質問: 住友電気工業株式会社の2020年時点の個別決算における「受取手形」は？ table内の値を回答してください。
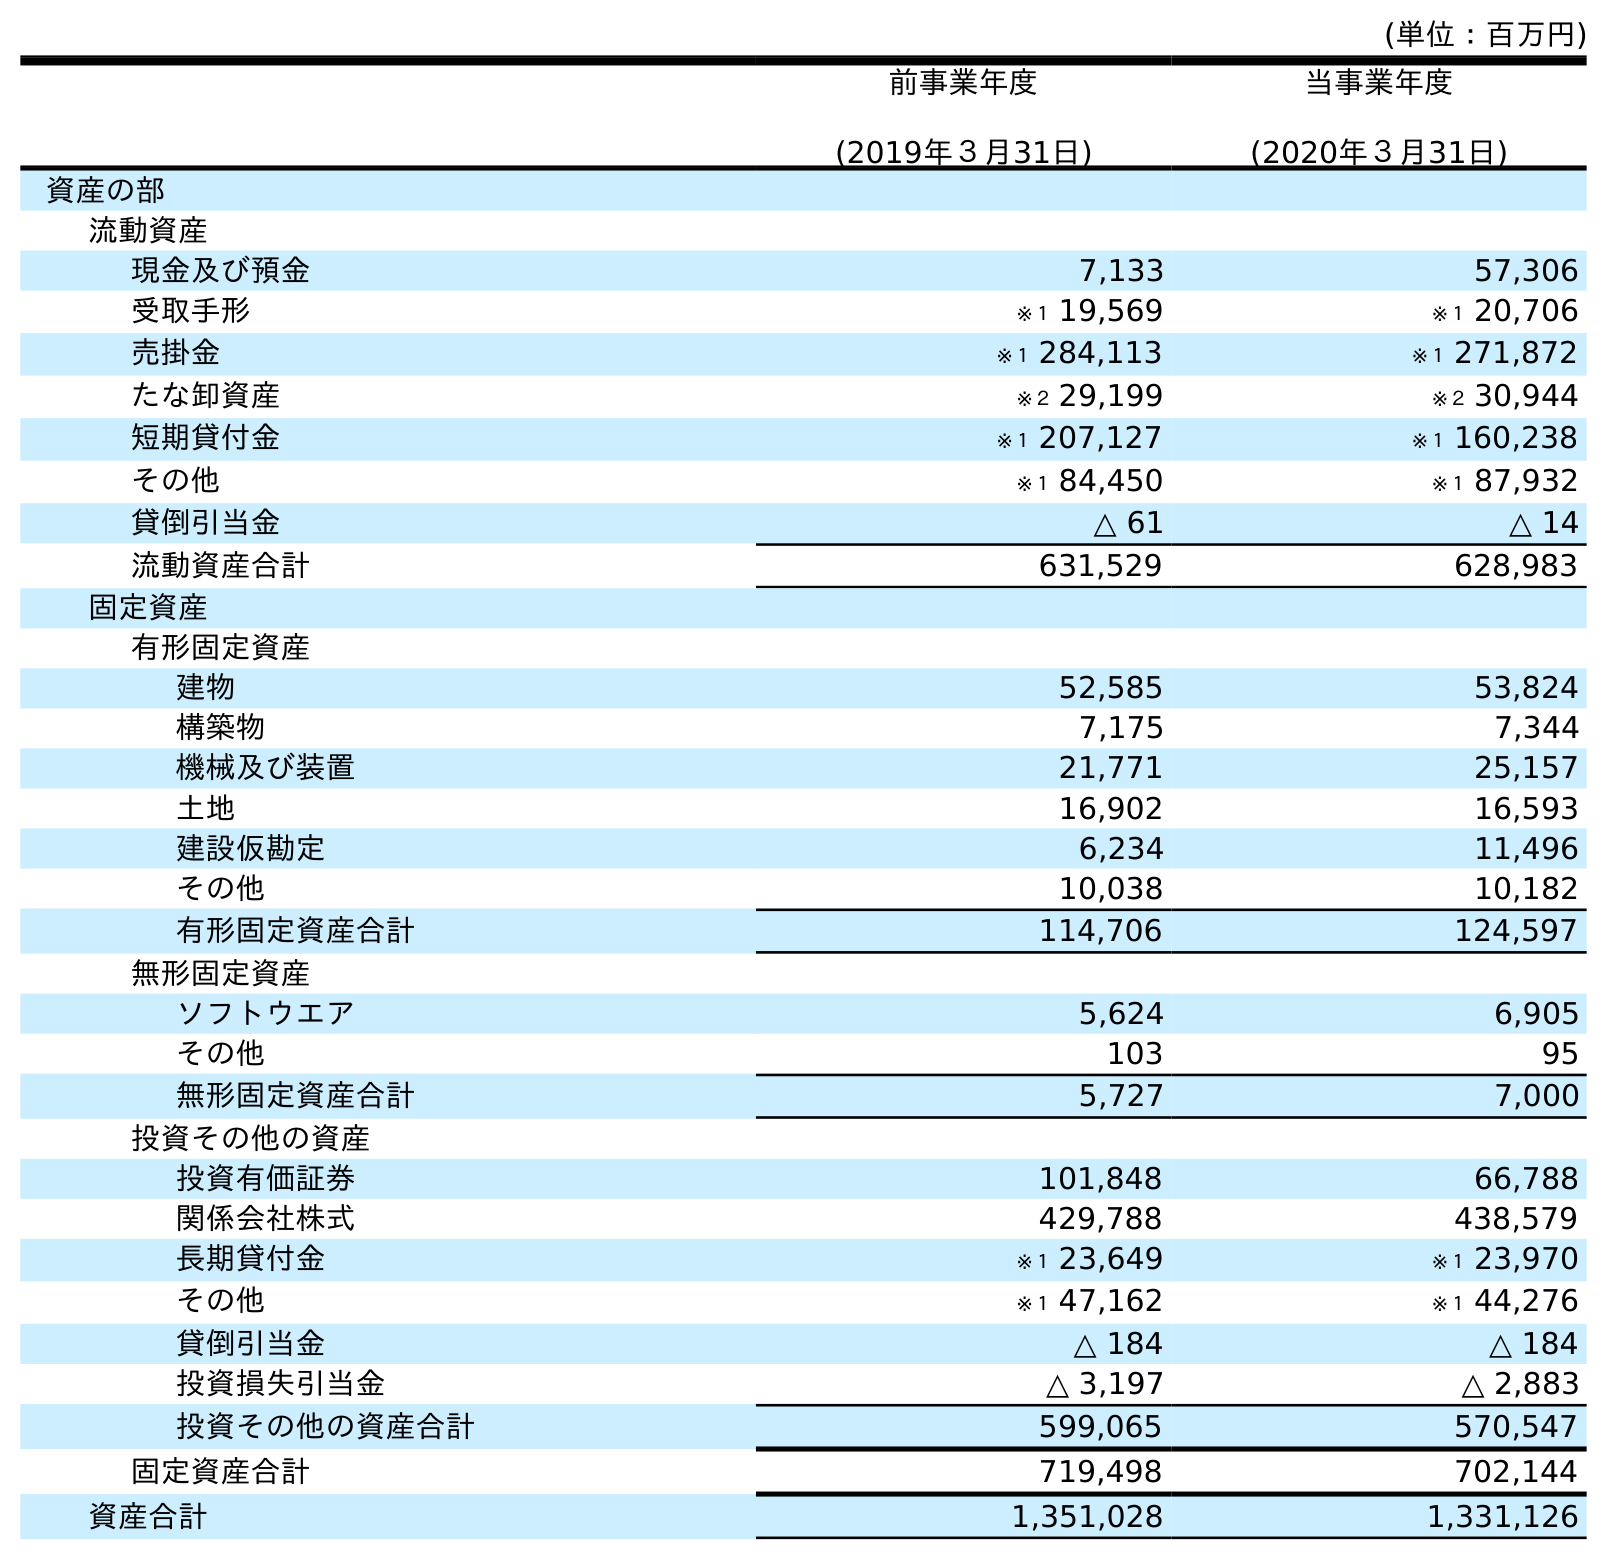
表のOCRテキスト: (単位：百万円) 前事業年度 (2019年３月31日) 当事業年度 (2020年３月31日) 資産の部 流動資産 現金及び預金 7,133 57,306 受取手形 ※１ 19,569 ※１ 20,706 売掛金 ※１ 284,113 ※１ 271,872 たな卸資産 ※２ 29,199 ※２ 30,944 短期貸付金 ※１ 207,127 ※１ 160,238 その他 ※１ 84,450 ※１ 87,932 貸倒引当金 △ 61 △ 14 流動資産合計 631,529 628,983 固定資産 有形固定資産 建物 52,585 53,824 構築物 7,175 7,344 機械及び装置 21,771 25,157 土地 16,902 16,593 建設仮勘定 6,234 11,496 その他 10,038 10,182 有形固定資産合計 114,706 124,597 無形固定資産 ソフトウエア 5,624 6,905 その他 103 95 無形固定資産合計 5,727 7,000 投資その他の資産 投資有価証券 101,848 66,788 関係会社株式 429,788 438,579 長期貸付金 ※１ 23,649 ※１ 23,970 その他 ※１ 47,162 ※１ 44,276 貸倒引当金 △ 184 △ 184 投資損失引当金 △ 3,197 △ 2,883 投資その他の資産合計 599,065 570,547 固定資産合計 719,498 702,144 資産合計 1,351,028 1,331,126
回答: ※１20,706